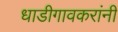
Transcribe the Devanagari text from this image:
धाडीगावकरांनी